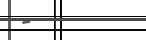
-